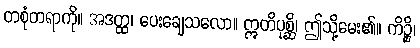
တစုံတရာကို။ အဒတ္ထ၊ ပေးချေသလော။ ဣတိပုစ္ဆိ၊ ဤသို့မေး၏။ ကိဉ္စိ၊